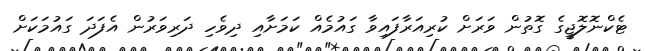
ޓެކްނޮލޮޖީގެ ގޮތުން ވަރަށް ކުރިއަރާފައިވާ ގައުމެއް ކަމަށާއި ދިވެހި ދަރިވަރުން އެފަދަ ގައުމަކަށް